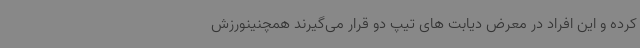
کرده و این افراد در معرض دیابت های تیپ دو قرار می‌گیرند همچنینورزش